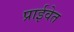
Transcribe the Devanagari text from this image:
प्राईवेत